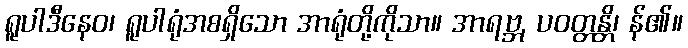
ရူပါဒီနေဝ၊ ရူပါရုံအစရှိသော အာရုံတို့ကိုသာ။ အာရဗ္ဘ, ပဝတ္တန္တိ၊ န်၏။